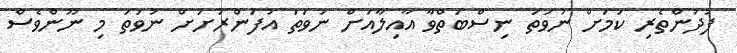
ފުދުންތެރި ކަމަށް ނުވަތަ ނިސްބަތްވާ އާއިލާއަށް ނުވަތަ އުފަންރަށަށް ނުވަތަ މި ނޫންވެސް